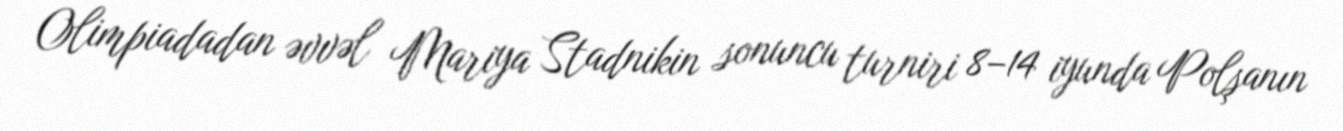
Olimpiadadan əvvəl Mariya Stadnikin sonuncu turniri 8–14 iyunda Polşanın